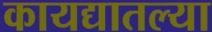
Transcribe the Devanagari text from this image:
कायद्यातल्या